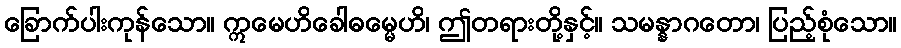
ခြောက်ပါးကုန်သော။ ဣမေဟိခေါဓမ္မေဟိ၊ ဤတရားတို့နှင့်။ သမန္နာဂတော၊ ပြည့်စုံသော။